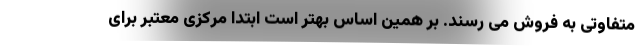
متفاوتی به فروش می رسند. بر همین اساس بهتر است ابتدا مرکزی معتبر برای